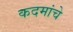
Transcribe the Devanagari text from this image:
कदमांचे